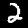
Digit: 2